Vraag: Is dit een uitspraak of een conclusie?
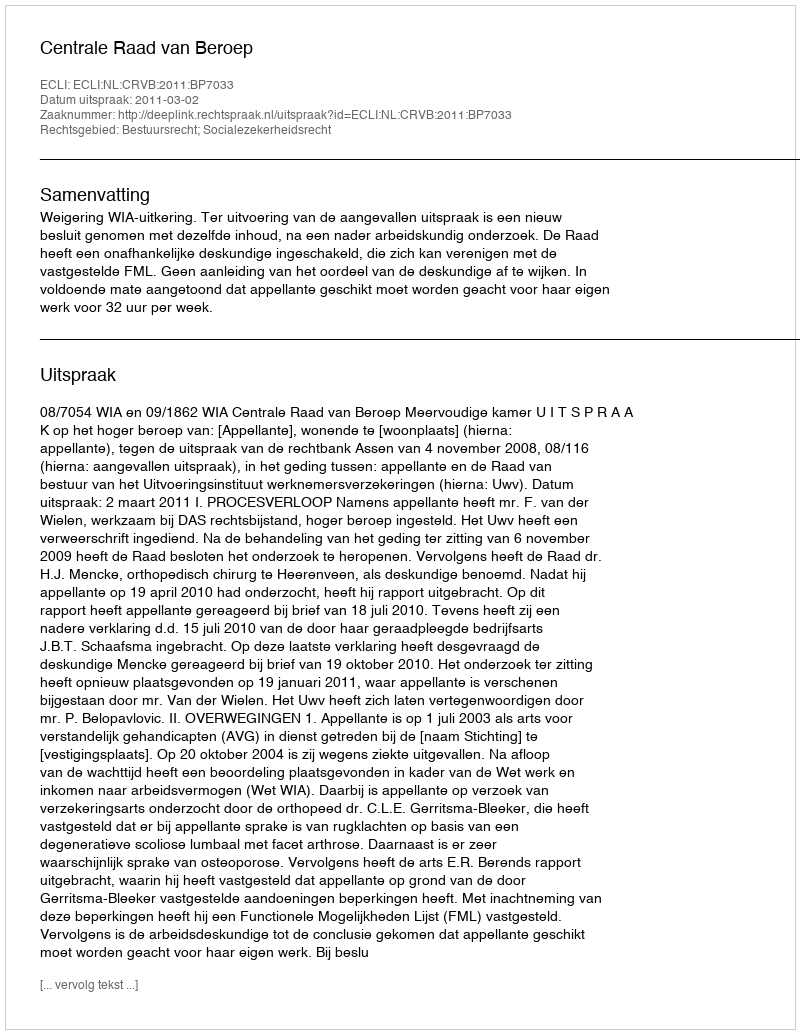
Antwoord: Uitspraak